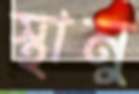
স্থানু